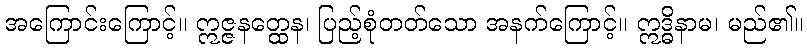
အကြောင်းကြောင့်။ ဣဇ္ဇနတ္ထေန၊ ပြည့်စုံတတ်သော အနက်ကြောင့်။ ဣဒ္ဓိနာမ၊ မည်၏။